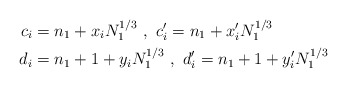
\begin{align*}c_i&=n_1+x_iN_1^{1/3}\,\,,\,\, c'_i=n_1+x'_iN_1^{1/3}\\d_i&=n_1+1+y_iN_1^{1/3}\,\,,\,\, d'_i=n_1+1+y'_iN_1^{1/3}\end{align*}